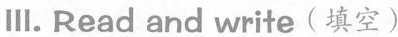
Ⅲ. Read and write (填空)